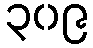
၃၀၉